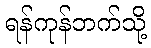
ရန်ကုန်ဘက်သို့